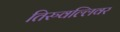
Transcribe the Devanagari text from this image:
तिरुवल्लिवर